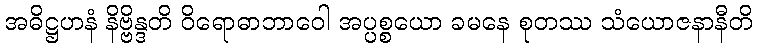
အဓိဋ္ဌဟနံ နိဗ္ဗိန္ဒတိ ဝိရောဓာဘာဝေါ အပ္ပစ္စယော ခမနေ စုတဿ သံယောဇနာနီတိ